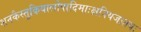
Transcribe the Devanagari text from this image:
शनकैस्तुक्रियालोपादिमाःक्षत्रियजातयः